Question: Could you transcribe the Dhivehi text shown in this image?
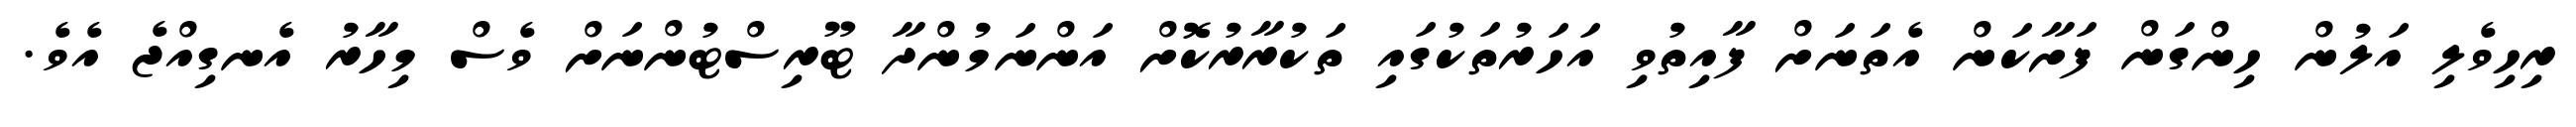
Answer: ރިހިވެލި އަލުން ހިންގަން ފަށާކަން އެތަނަށް ފާއިތުވި އަހަރުތަކުގައި ތަކުރާރުކޮށް އަންނަމުންދާ ޓޫރިސްޓުންނަށް ވެސް މިހާރު އެނގިއްޖެ އެވެ.